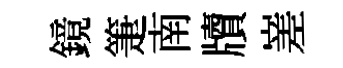
鏡箑南牘嵳